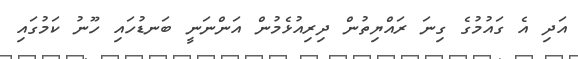
އަދި އެ ގައުމުގެ ގިނަ ރައްޔިތުން ދިރިއުޅެމުން އަންނަނީ ބަނޑުހައި ހޫނު ކަމުގައި